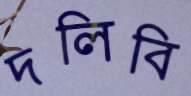
দলিবি